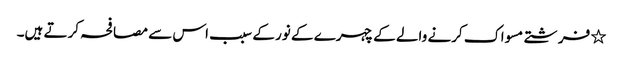
٭ فرشتے مسواک کرنے والے کے چہرے کے نور کے سبب اس سے مصافحہ کرتے ہیں۔